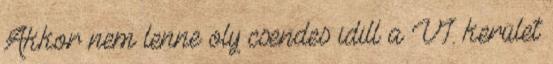
Akkor nem lenne oly csendes idill a VI. kerület